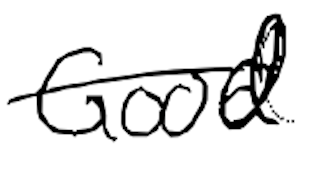
Text: Good
Cross-out: single-line
Writing tool: digital_black